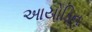
આયોડિન